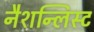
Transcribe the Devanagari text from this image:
नैशन्लिस्ट